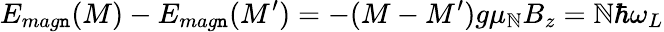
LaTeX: E_{mag\mathtt{n}}(M)-E_{mag\mathtt{n}}(M^{\prime})=-(M-M^{\prime})g\mu_{\mathbb{N}}B_{z}=\mathbb{N}\hbar\omega_{L}